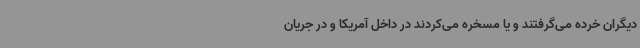
دیگران خرده می‌گرفتند و یا مسخره می‌کردند در داخل آمریکا و در جریان